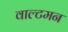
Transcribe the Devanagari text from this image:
वाल्टमन